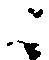
々